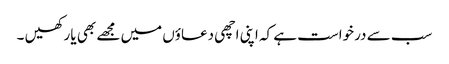
سب سے درخواست ہے کہ اپنی اچھی دعاؤں میں مجھے بھی یا رکھیں ۔